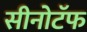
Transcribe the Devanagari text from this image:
सीनोटॅफ